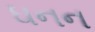
ઘનન